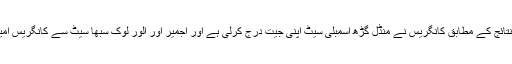
جبکہ راجستھان کے اب تک نتائج کے مطابق کانگریس نے منڈل گڑھ اسمبلی سیٹ اپنی جیت درج کرلی ہے اور اجمیر اور الور لوک سبھا سیٹ سے کانگریس امیدوار کافی آگے چل رہے ہیں۔